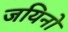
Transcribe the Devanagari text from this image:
जयिनो